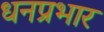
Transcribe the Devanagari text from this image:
धनप्रभार